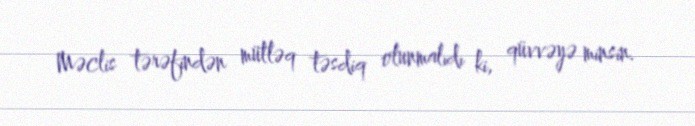
Məclis tərəfindən mütləq təsdiq olunmalıdı ki, qüvvəyə minsin.